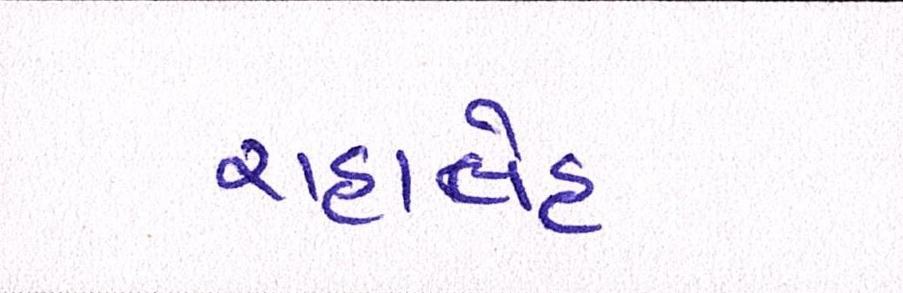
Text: રાહાલેહ